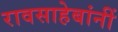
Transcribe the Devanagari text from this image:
रावसाहेबांनीं